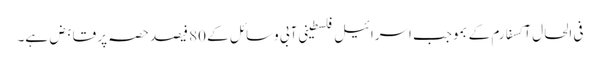
فی الحال آکسفارم کے بموجب اسرائیل فلسطینی آبی وسائل کے 80 فیصد حصہ پر قابض ہے۔